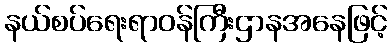
နယ်စပ်ရေးရာဝန်ကြီးဌာနအနေဖြင့်